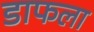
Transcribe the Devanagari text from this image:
डाफला